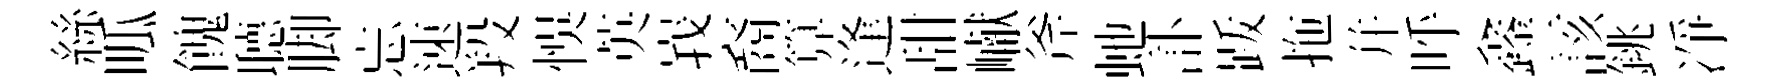
絲呱餽𦗟脚忘速羖悞英峩裔算逢甜𪩘斧虵訃䟦拖幷呼鑫該銚凈